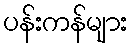
ပန်းကန်များ